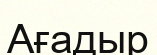
Ағадыр